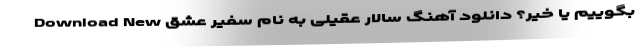
بگوییم یا خیر؟ دانلود آهنگ سالار عقیلی به نام سفیر عشق Download New